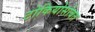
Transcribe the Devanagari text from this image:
टोकियोसोबत